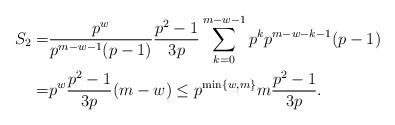
LaTeX: \begin{align*} S_2=&\frac{p^w}{p^{m-w-1}(p-1)}\frac{p^2-1}{3p}\sum_{k=0}^{m-w-1}p^kp^{m-w-k-1}(p-1) \\ =&p^w\frac{p^2-1}{3p}(m-w)\leq p^{\min\{w,m\}} m\frac{p^2-1}{3p}.\end{align*}